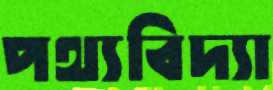
পথ্যবিদ্যা